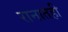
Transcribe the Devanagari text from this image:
रानातही